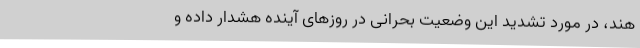
هند، در مورد تشدید این وضعیت بحرانی در روزهای آینده هشدار داده و